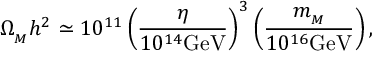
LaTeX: \Omega _ { _ M } h ^ { 2 } \simeq 1 0 ^ { 1 1 } \left( { \frac { \eta } { 1 0 ^ { 1 4 } \mathrm { G e V } } } \right) ^ { 3 } \left( { \frac { m _ { _ M } } { 1 0 ^ { 1 6 } \mathrm { G e V } } } \right) ,